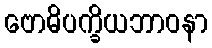
ဗောဓိပက္ခိယဘာဝနာ